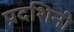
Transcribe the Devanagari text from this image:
प्रदशिनी